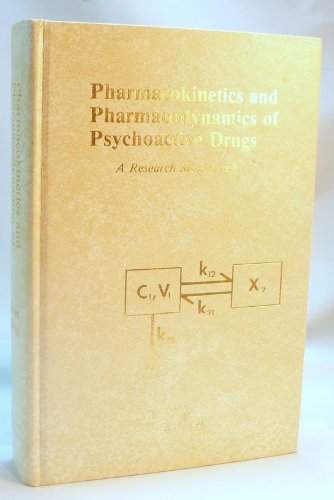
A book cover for Pharmacokinetics and Pharmacodynamics of Psychoactive Drugs: A Research Monograph; Medical Books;